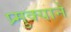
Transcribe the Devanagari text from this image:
प्र्मुक्याने